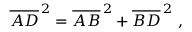
{ \overline { { A D } } } ^ { \, 2 } = { \overline { { A B } } } ^ { \, 2 } + { \overline { { B D } } } ^ { \, 2 } \ ,